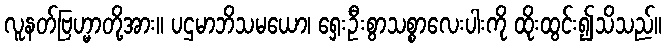
လူနတ်ဗြဟ္မာတို့အား။ ပဌမာဘိသမယော၊ ရှေးဦးစွာသစ္စာလေးပါးကို ထိုးထွင်း၍သိသည်။